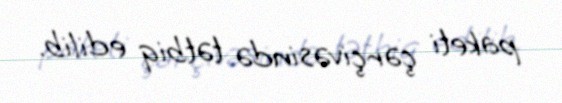
paketi çərçivəsində tətbiq edilib.